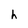
Character: h